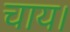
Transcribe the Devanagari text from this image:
चाय।